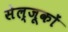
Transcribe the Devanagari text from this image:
सेल्जूकों